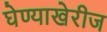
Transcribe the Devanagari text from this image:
घेण्याखेरीज